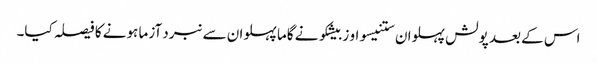
اس کے بعد پولش پہلوان ستنیسواو زبیشکو نے گاما پہلوان سے نبرد آزما ہونے کا فیصلہ کیا۔